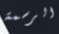
الرسمة